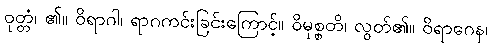
ဝုတ္တံ၊ ၏။ ဝိရာဂါ၊ ရာဂကင်းခြင်းကြောင့်။ ဝိမုစ္စတိ၊ လွတ်၏။ ဝိရာဂေန၊